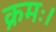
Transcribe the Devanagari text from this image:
क्रमः।